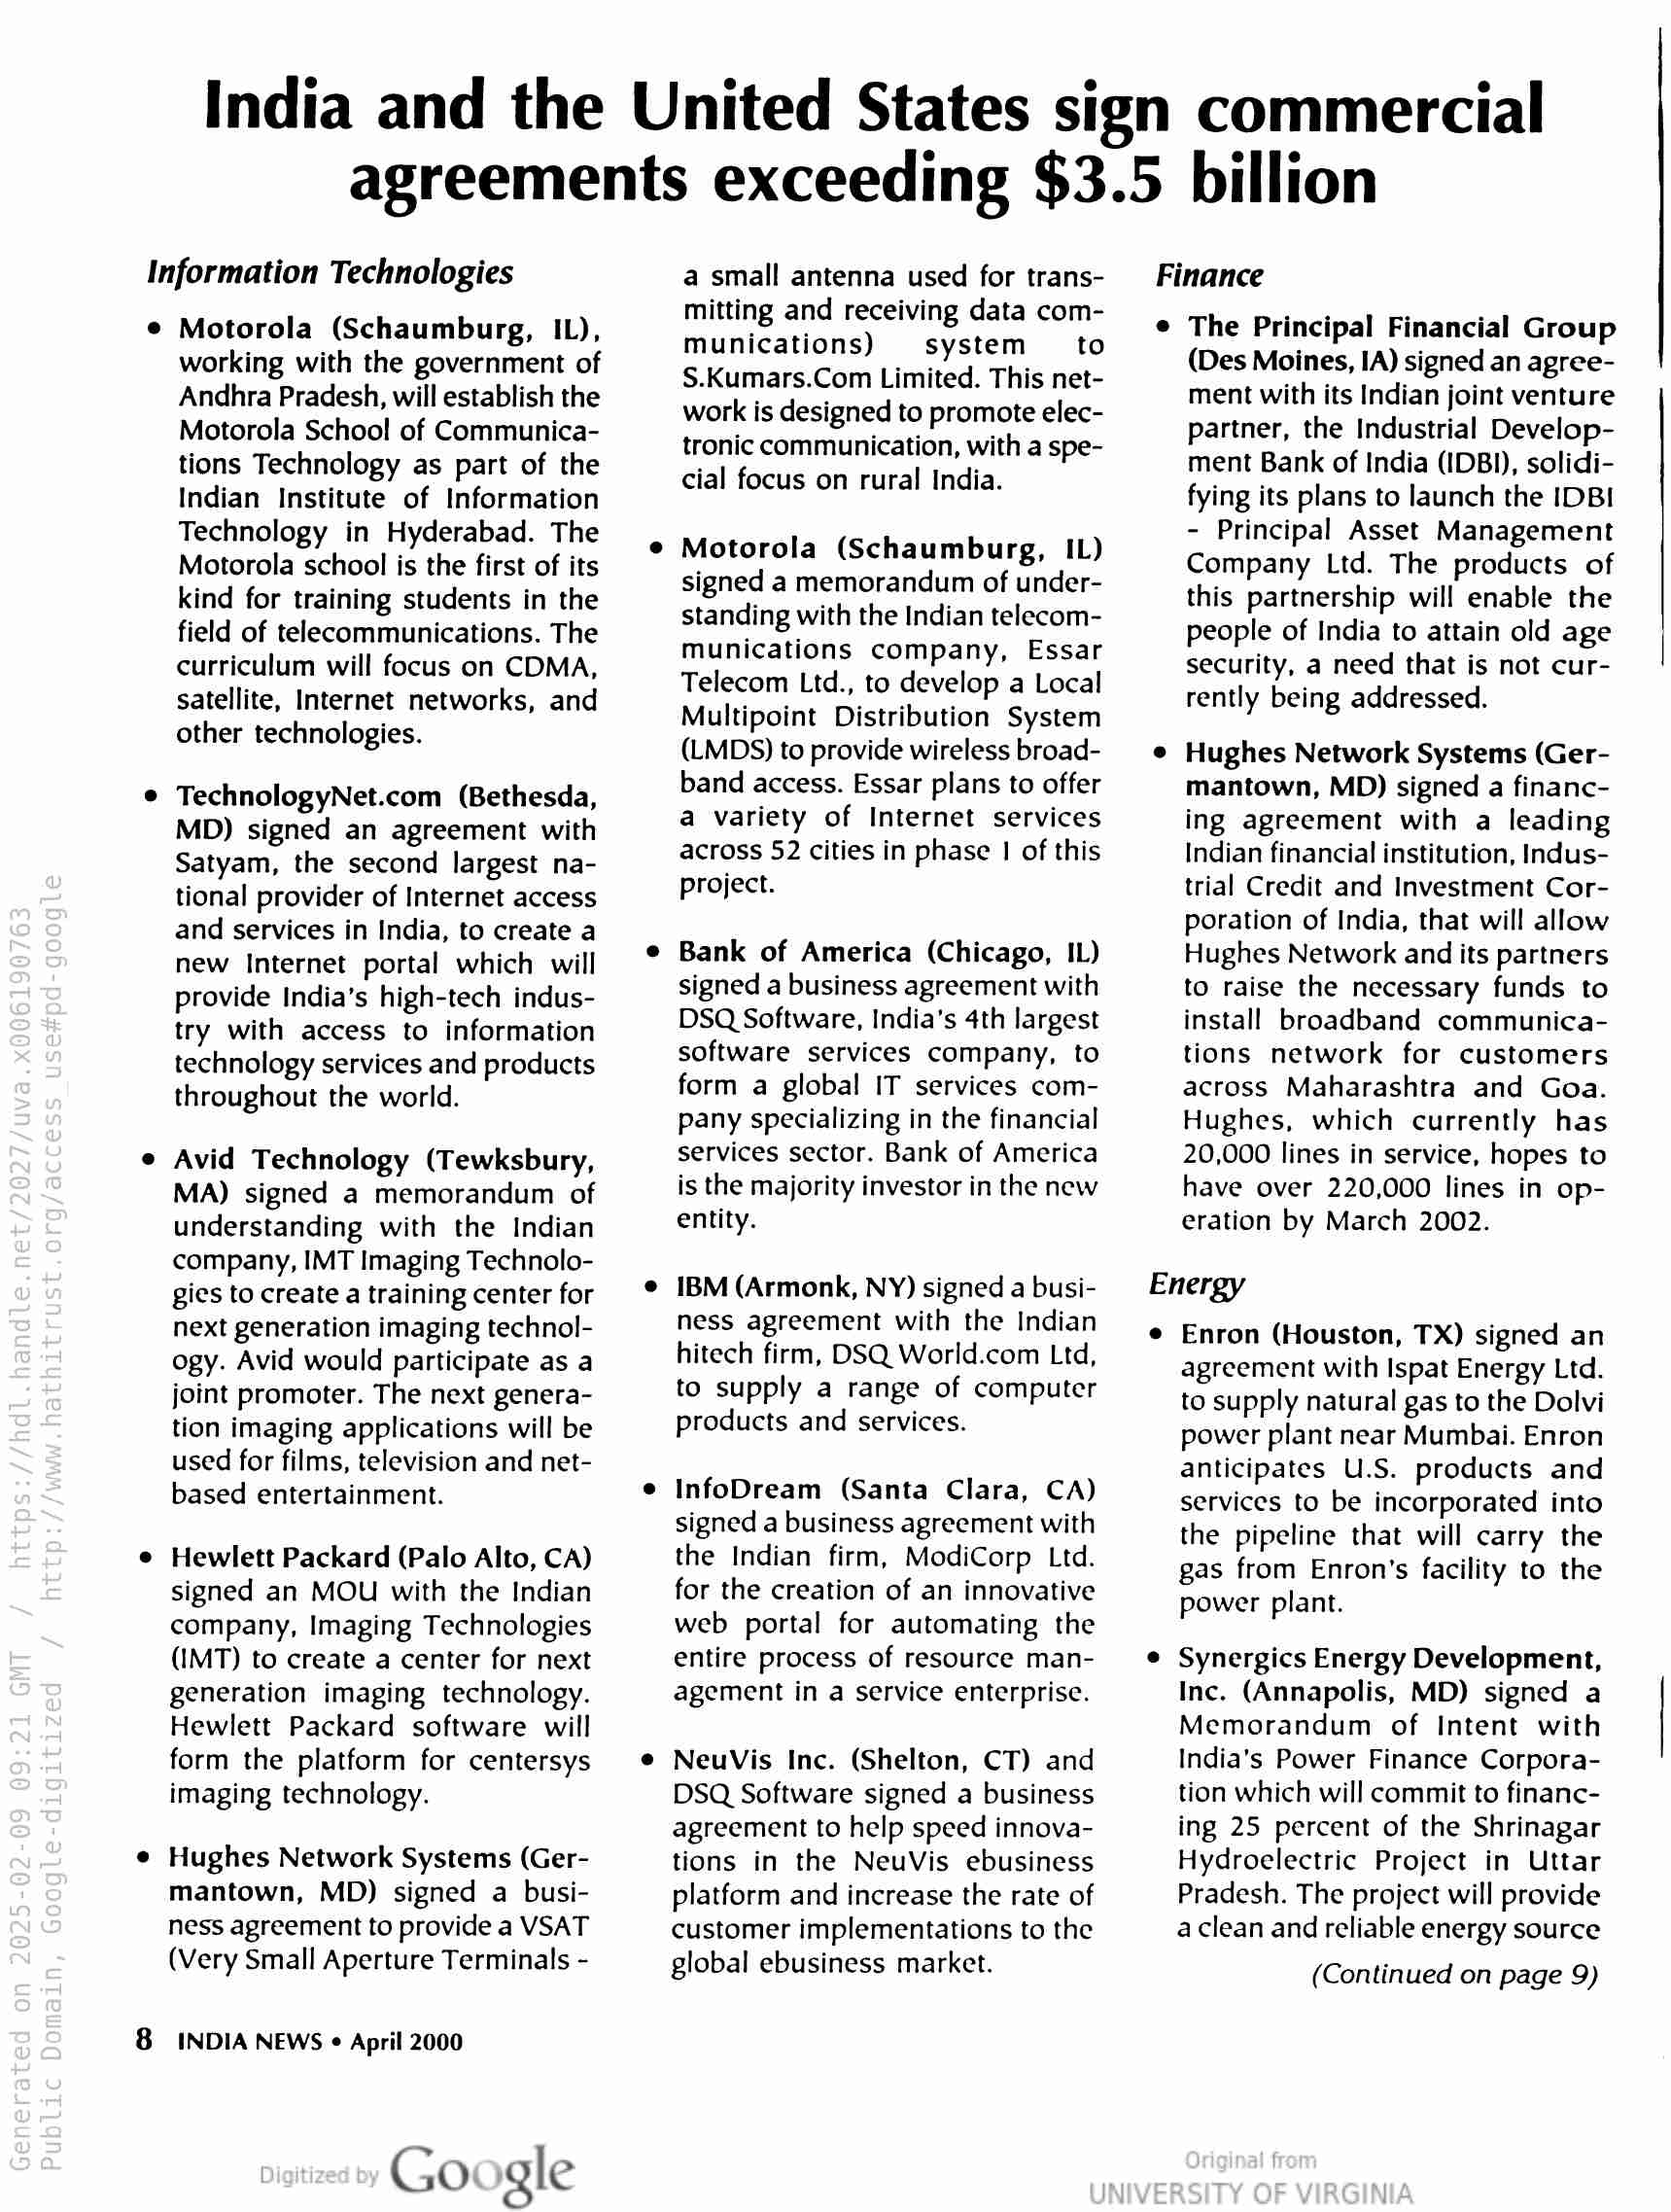
India and the United States sign commercial
agreements exceeding $3.5 billion

Information Technologies

8

Motorola (Schaumburg, IL),
working with the government of
Andhra Pradesh, will establish the
Motorola School of Communica-
tions Technology as part of the
Indian Institute of Information
Technology in Hyderabad. The
Motorola school is the first of its
kind for training students in the
field of telecommunications. The
curriculum will focus on CDMA,
satellite, Internet networks, and
other technologies.

TechnologyNet.com (Bethesda,
MD) signed an agreement with
Satyam, the second largest na-
tional provider of Internet access
and services in India, to create a
new Internet portal which will
provide India’s high-tech indus-
try with access to information
technology services and products
throughout the world.

Avid Technology (Tewksbury,
MA) signed a memorandum of
understanding with the Indian
company, IMT Imaging Technolo-
gies to create a training center for
next generation imaging technol-
ogy. Avid would participate as a
joint promoter. The next genera-
tion imaging applications will be
used for films, television and net-
based entertainment.

Hewlett Packard (Palo Alto, CA)
signed an MOU with the Indian
company, Imaging Technologies
(IMT) to create a center for next
generation imaging technology.
Hewlett Packard software will
form the platform for centersys
imaging technology.

Hughes Network Systems (Ger-
mantown, MD) signed a busi-

ness agreement to provide a VSAT
(Very Small Aperture Terminals -

INDIA NEWS « April 2000

Google

a small antenna used for trans-
mitting and receiving data com-
munications) system to
S.Kumars.Com Limited. This net-
work is designed to promote elec-
tronic communication, with a spe-
cial focus on rural India.

Motorola (Schaumburg, IL)
signed a memorandum of under-
standing with the Indian telecom-
munications company, Essar
Telecom Ltd., to develop a Local
Multipoint Distribution System
(LMDS) to provide wireless broad-
band access. Essar plans to offer
a variety of Internet services
across 52 cities in phase | of this
project.

Bank of America (Chicago, IL)
signed a business agreement with
DSQ Software, India’s 4th largest
software services company, to
form a global IT services com-
pany specializing in the financial
services sector. Bank of America
is the majority investor in the new
entity.

IBM (Armonk, NY) signed a busi-
ness agreement with the Indian
hitech firm, DSQ World.com Ltd,
to supply a range of computer
products and services.

InfoDream (Santa Clara, CA)
signed a business agreement with
the Indian firm, ModiCorp Ltd.
for the creation of an innovative
web portal for automating the
entire process of resource man-
agement in a service enterprise.

NeuVis Inc. (Shelton, CT) and
DSQ Software signed a business
agreement to help speed innova-
tions in the NeuVis ebusiness
platform and increase the rate of
customer implementations to the
global ebusiness market.

Finance

The Principal Financial Group
(Des Moines, IA) signed an agree-
ment with its Indian joint venture
partner, the Industrial Develop-
ment Bank of India (IDBI), solidi-
fying its plans to launch the IDBI
- Principal Asset Management
Company Ltd. The products of
this partnership will enable the
people of India to attain old age
security, a need that is not cur-
rently being addressed.

Hughes Network Systems (Ger-
mantown, MD) signed a financ-
ing agreement with a leading
Indian financial institution, Indus-
trial Credit and Investment Cor-
poration of India, that will allow
Hughes Network and its partners
to raise the necessary funds to
install broadband communica-
tions network for customers
across Maharashtra and Goa.
Hughes, which currently has
20,000 lines in service, hopes to
have over 220,000 lines in op-
eration by March 2002.

Energy

Enron (Houston, TX) signed an
agreement with Ispat Energy Ltd.
to supply natural gas to the Dolvi
power plant near Mumbai. Enron
anticipates U.S. products and
services to be incorporated into
the pipeline that will carry the
gas from Enron's facility to the
power plant.

Synergics Energy Development,
Inc. (Annapolis, MD) signed a
Memorandum of Intent with
India's Power Finance Corpora-
tion which will commit to financ-
ing 25 percent of the Shrinagar
Hydroelectric Project in Uttar
Pradesh. The project will provide
aclean and reliable energy source

(Continued on page 9)